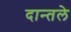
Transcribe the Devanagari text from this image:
दान्तले